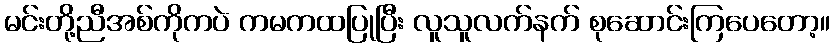
မင်းတို့ညီအစ်ကိုကပဲ ကမကထပြုပြီး လူသူလက်နက် စုဆောင်းကြပေတော့။